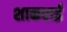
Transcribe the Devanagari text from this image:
शाकराई